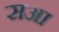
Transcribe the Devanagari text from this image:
सआ